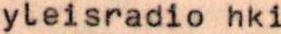
yleisradio hki